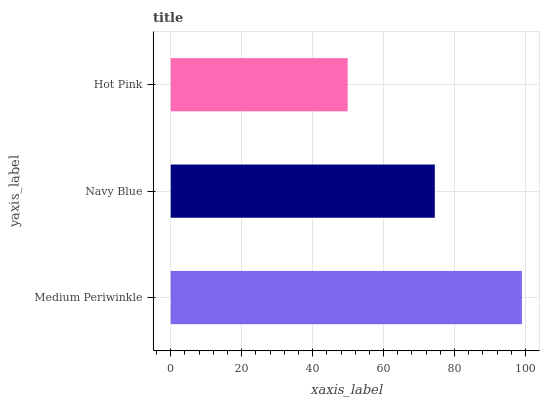
| yaxis_label | bars |
 | --- | --- |
 | Medium Periwinkle | 99 |
 | Navy Blue | 74.4 |
 | Hot Pink | 49.9 |